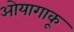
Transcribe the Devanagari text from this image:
ओयागाकू